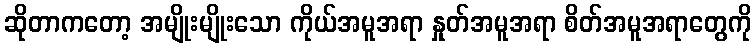
ဆိုတာကတော့ အမျိုးမျိုးသော ကိုယ်အမူအရာ နှုတ်အမူအရာ စိတ်အမူအရာတွေကို